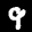
Digit: 9